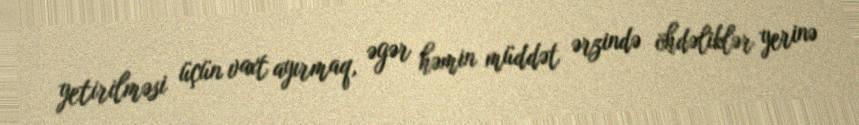
yetirilməsi üçün vaxt ayırmaq, əgər həmin müddət ərzində öhdəliklər yerinə